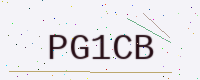
Text: PG1CB